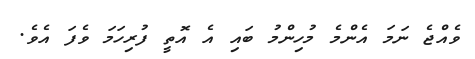
ވެއްޖެ ނަމަ އެންމެ މުހިންމު ބައި އެ އޮތީ ފުރިހަމަ ވެފަ އެވެ.